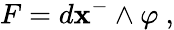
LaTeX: F=d\mathbf{x}^{-}\wedge\varphi~,